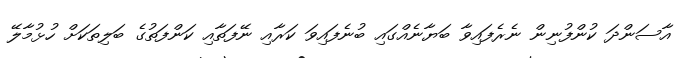
އާސަންދަ ކުންފުނިން ނެރެފައިވާ ބަޔާނެއްގައި ބުނެފައިވަ ކަރާއި ނޭފަތާއި ކަންފަތުގެ ބަލިތަކަށް ހުޅުމާލޭ